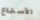
الأستماع